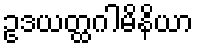
ဥဒယတ္ထဂါမိနိယာ